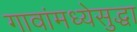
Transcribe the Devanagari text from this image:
गावांमध्येसुद्धा